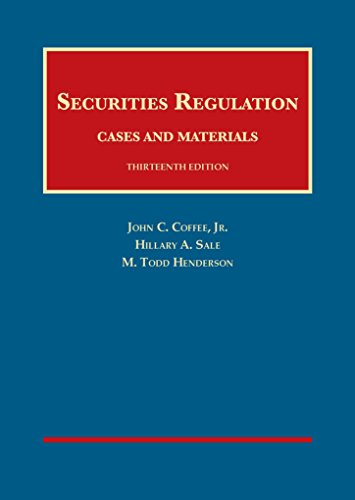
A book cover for Securities Regulation (University Casebook Series); John Coffee Jr; Law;